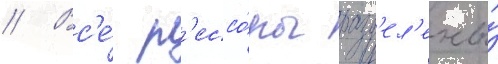
// Вс'е́ р'ессо́ры разд'ел'ены́